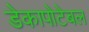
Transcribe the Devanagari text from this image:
डेकापोटेबल